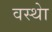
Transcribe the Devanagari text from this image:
वस्थाे